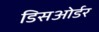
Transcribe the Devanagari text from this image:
डिसओर्डर